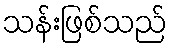
သန်းဖြစ်သည်